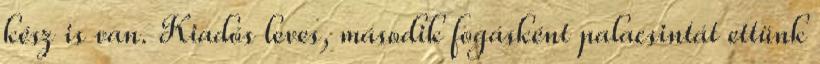
kész is van. Kiadós leves, második fogásként palacsintát ettünk